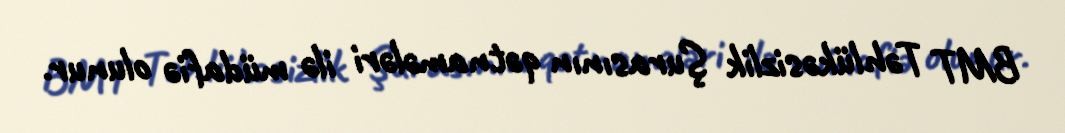
BMT Təhlükəsizlik Şurasının qətnamələri ilə müdafiə olunur.